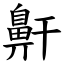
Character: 鼾